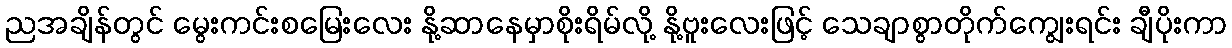
ညအချိန်တွင် မွေးကင်းစမြေးလေး နို့ဆာနေမှာစိုးရိမ်လို့ နို့ဗူးလေးဖြင့် သေချာစွာတိုက်ကျွေးရင်း ချီပိုးကာ